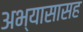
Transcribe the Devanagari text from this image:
अभ्यासासह